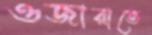
ওজারাতে